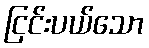
ငြင်းပယ်သော